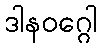
ဒါနဝဂ္ဂေါ